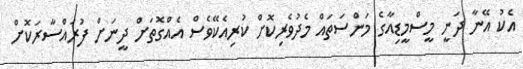
އެކު އޭނާ ދަނީ މީސްމީޑިއާގެ މަންސަތައް މެދުވެރިކޮށް ކުރިއެކޭވެސް އެއްގޮތަށް ދީނަށް ފުރައްސާރަކޮށް